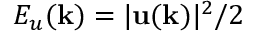
E _ { u } ( { \bf k } ) = \lvert { \bf u ( k ) } \rvert ^ { 2 } / 2